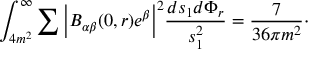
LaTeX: \int _ { 4 m ^ { 2 } } ^ { \infty } \sum \Big | B _ { \alpha \beta } ( 0 , r ) e ^ { \beta } \Big | ^ { 2 } \frac { d s _ { 1 } d \Phi _ { r } } { s _ { 1 } ^ { 2 } } = \frac { 7 } { 3 6 \pi m ^ { 2 } } \cdot